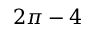
2 \pi - 4